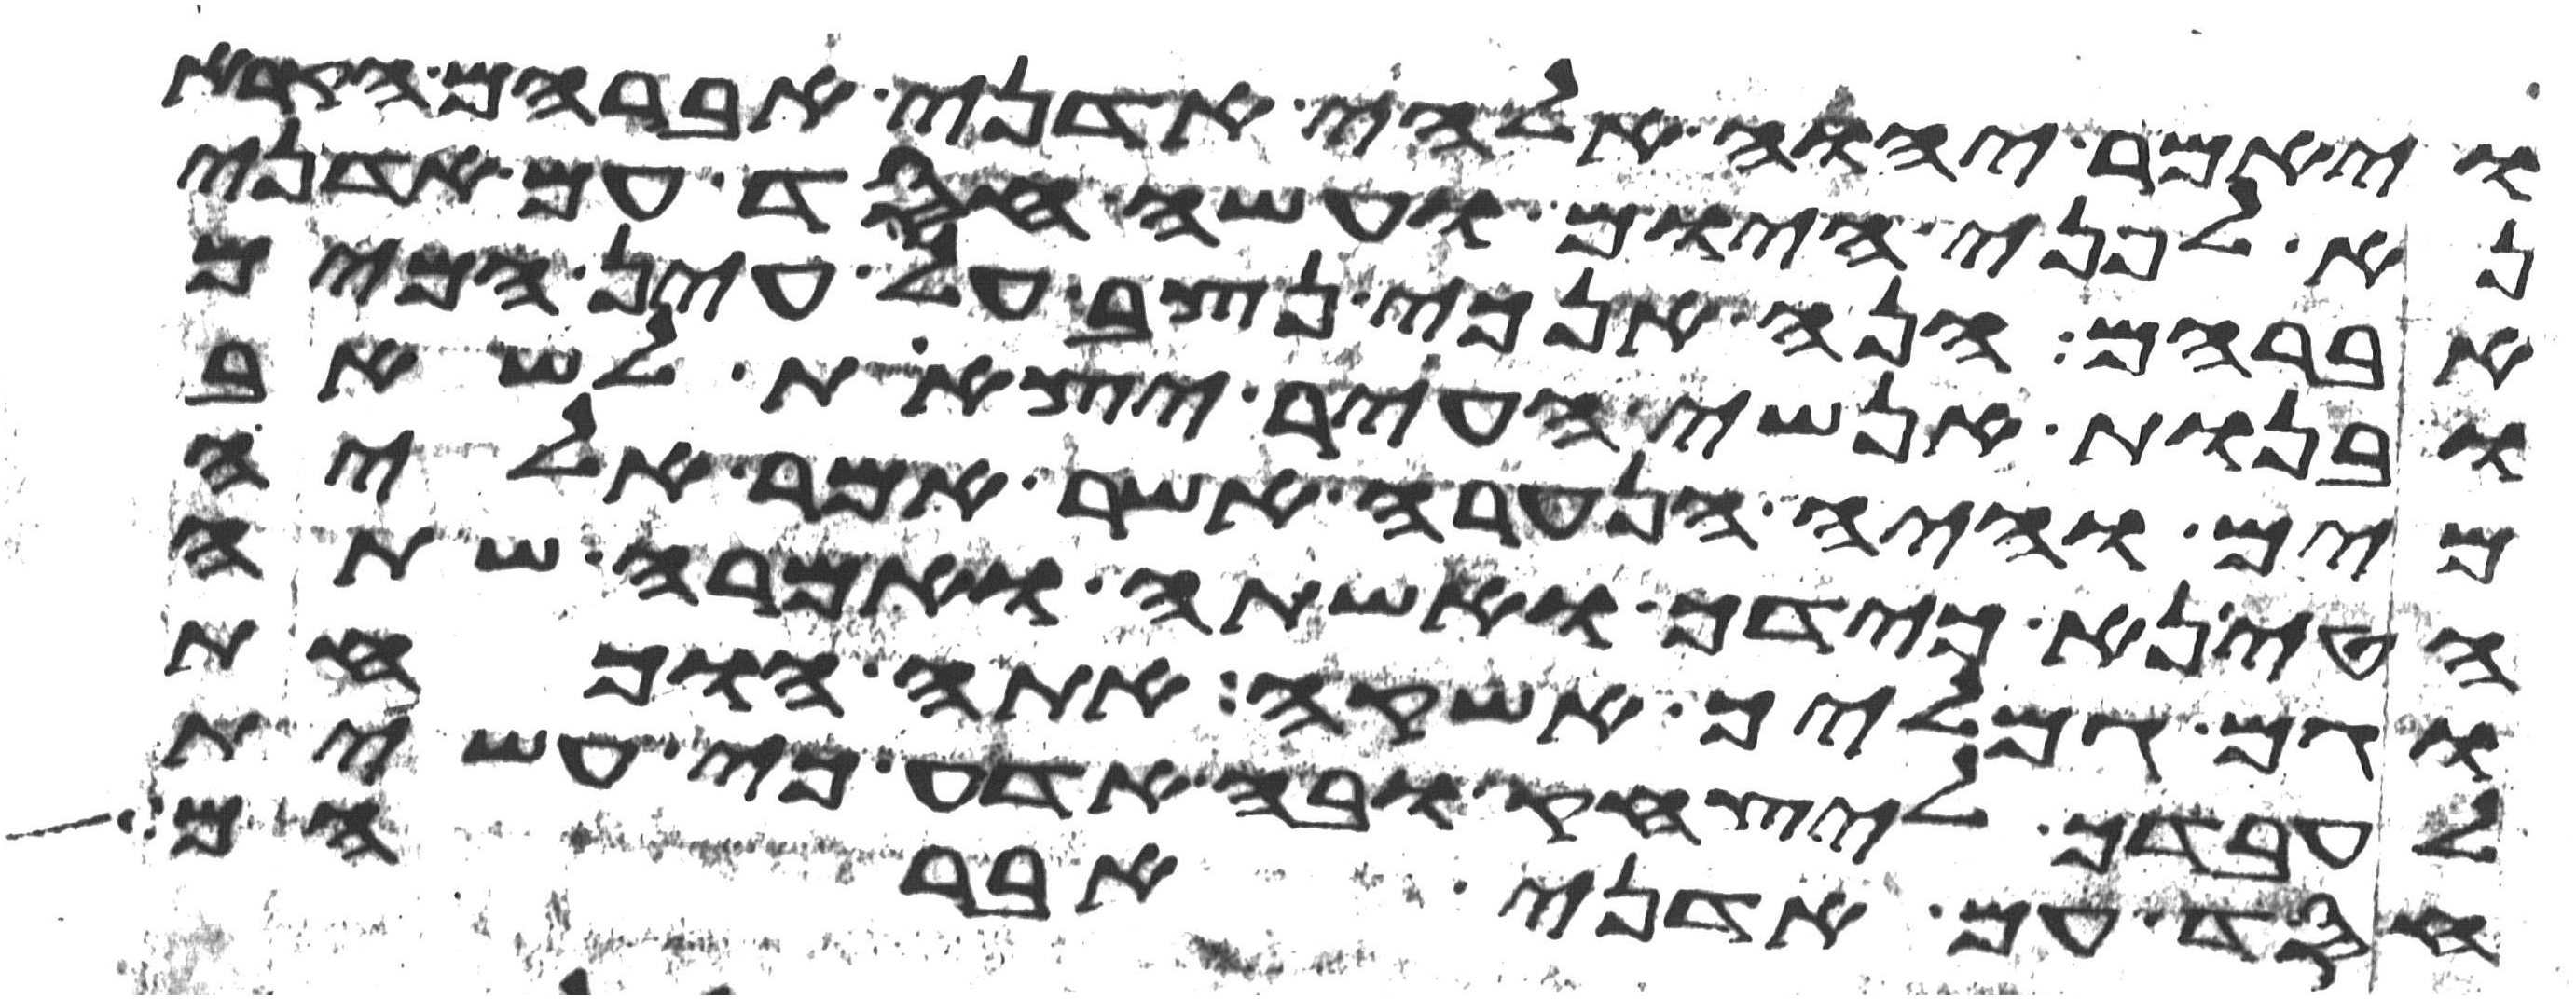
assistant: ויאמר יהוה אלהי אדני אברהם הקרא
נא לפני היום ועשה חסד עם אדני
אברהם הנה אנכי נצב על עין המים
ובנות אנשי העיר יצאת לשאב
מים והיה הנערה אשר אמר אליה
הטני כדך ואשתה ואמרה שתה
וגם גמליך אשקה אתה הוכחת
לעבדך ליצחק ובה אדע כי עשית
חסד עם אדני אברהם